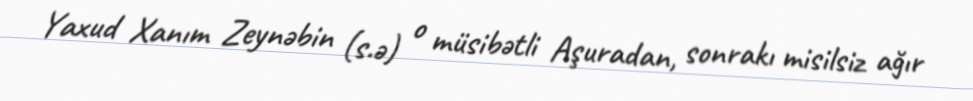
Yaxud Xanım Zeynəbin (s.ə) o müsibətli Aşuradan, sonrakı misilsiz ağır